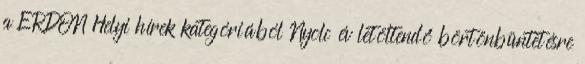
a ERDON Helyi hírek kategóriából Nyolc év letöltendő börtönbüntetésre